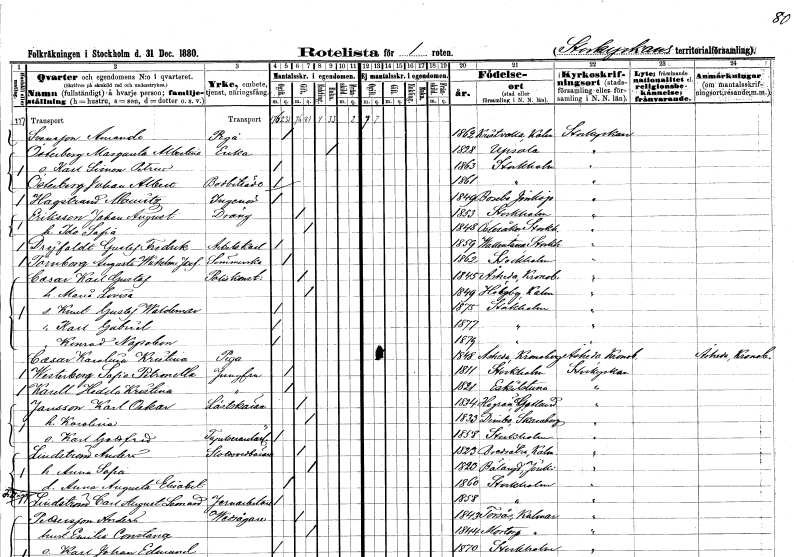
gt_parse: households: individuals: FN: Amanda
EN: Svensson
YRKE: Piga
KON: K
CIV: O
FODAR: 1862
FODFORS: Kristvalla Kalmar län
FN: Margareta Albertina
EN: Österberg
YRKE: Änka
KON: K
CIV: E
FODAR: 1828
FODFORS: Uppsala Uppsala län
FN: Karl Simon Petrus
KON: M
CIV: O
FODAR: 1863
FODFORS: Stockholm
FN: Johan Albert
EN: Österberg
YRKE: Bodbiträde
KON: M
CIV: O
FODAR: 1861
FODFORS: Stockholm
FN: Mauritz
EN: Hagström
YRKE: Ingenjör
KON: M
CIV: O
FODAR: 1849
FODFORS: Bosebo Jönköpings län
FN: Johan August
EN: Eriksson
YRKE: Dräng
KON: M
CIV: G
FODAR: 1853
FODFORS: Stockholm
FN: Ida Sofia
KON: K
CIV: G
FODAR: 1848
FODFORS: Österåker Stockholms län
FN: Gustaf Fredrik
EN: Drejfaldt
YRKE: Arbetskarl
KON: M
CIV: O
FODAR: 1859
FODFORS: Vallentuna Stockholms län
FN: Augusta Wilhelmina Josefina
EN: Tornborg
YRKE: Sömmerska
KON: K
CIV: O
FODAR: 1862
FODFORS: Stockholm
FN: Karl Gustaf
EN: Casar
YRKE: Poliskonstapel
KON: M
CIV: G
FODAR: 1845
FODFORS: Åseda Kronobergs län
FN: Maria Lovisa
KON: K
CIV: G
FODAR: 1849
FODFORS: Högsby Kalmar län
FN: Knut Gustaf Waldemar
KON: M
CIV: O
FODAR: 1875
FODFORS: Stockholm
FN: Karl Gabriel
KON: M
CIV: O
FODAR: 1877
FODFORS: Stockholm
FN: Konrad Napoleon
KON: M
CIV: O
FODAR: 1879
FODFORS: Stockholm
FN: Karolina Kristina
EN: Casar
YRKE: Piga
KON: K
CIV: O
FODAR: 1848
FODFORS: Åseda Kronobergs län
FN: Sofia Petronella
EN: Westerberg
YRKE: Jungfru
KON: K
CIV: O
FODAR: 1811
FODFORS: Stockholm
FN: Hedda Kristina
EN: Karell
YRKE: Jungfru
KON: K
CIV: O
FODAR: 1821
FODFORS: Eskilstuna Södermanlands län
FN: Karl Oskar
EN: Jansson
YRKE: Lästskärare
KON: M
CIV: G
FODAR: 1834
FODFORS: Hogrän Gotlands län
FN: Karolina
KON: K
CIV: G
FODAR: 1833
FODFORS: Dimbo Skaraborgs län
FN: Karl Gottfrid
YRKE: Tapetserarelärling
KON: M
CIV: O
FODAR: 1858
FODFORS: Stockholm
FN: Anders
EN: Lindström
YRKE: Slottsvedbärare
KON: M
CIV: G
FODAR: 1823
FODFORS: Bredsätra Kalmar län
FN: Anna Sofia
KON: K
CIV: G
FODAR: 1823
FODFORS: Bälaryd Jönköpings län
FN: Anna Augusta Elisabet
KON: K
CIV: O
FODAR: 1860
FODFORS: Stockholm
FN: Carl August Leonard
EN: Lindström
YRKE: Järnarbetare
KON: M
CIV: O
FODAR: 1858
FODFORS: Stockholm